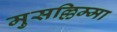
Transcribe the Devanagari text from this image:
मुसल्लिम्मा